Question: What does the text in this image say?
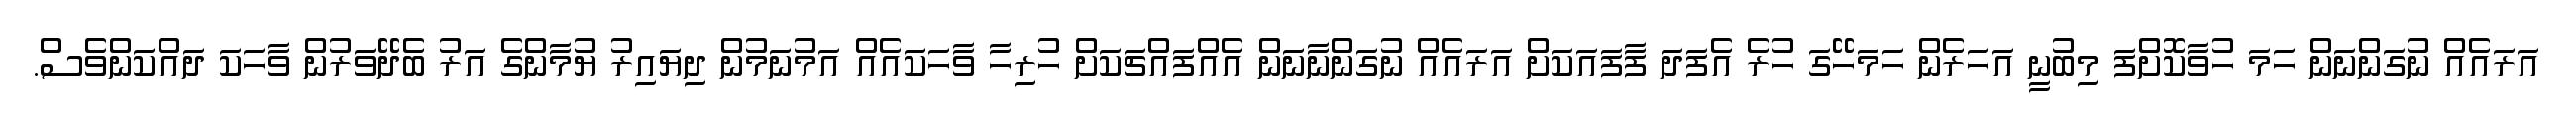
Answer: އަރައެއް ނުގަންނަން ހަމަ ހުވާކޮށްފަ މިބުނީ އަހަރެން ހަމަހޭގަ ހުރެ އެފަދަ ފާފައަކަށް އަރައެއް ނުގަންނާނަން އެއްފައްޗަކަށް ހުރިހާ ވާހަކައެއް އަމުނަމުން ދިޔައިރު ޔުމާންގެ އަރު ބެދޭވަރުން ވާހަކަ ދައްކަންވެސް.